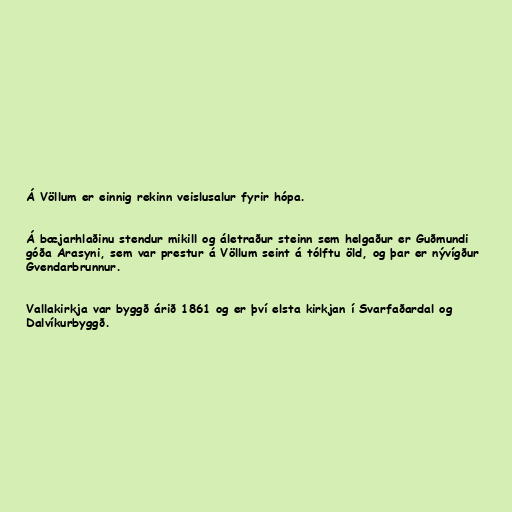
Á Völlum er einnig rekinn veislusalur fyrir hópa.

Á bæjarhlaðinu stendur mikill og áletraður steinn sem helgaður er Guðmundi
góða Arasyni, sem var prestur á Völlum seint á tólftu öld, og þar er nývígður
Gvendarbrunnur.

Vallakirkja var byggð árið 1861 og er því elsta kirkjan í Svarfaðardal og
Dalvíkurbyggð.